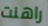
راهنت